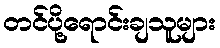
တင်ပို့ရောင်းချသူများ